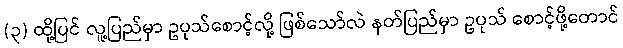
(၃) ထို့ပြင် လူ့ပြည်မှာ ဥပုသ်စောင့်လို့ ဖြစ်သော်လဲ နတ်ပြည်မှာ ဥပုသ် စောင့်ဖို့တောင်